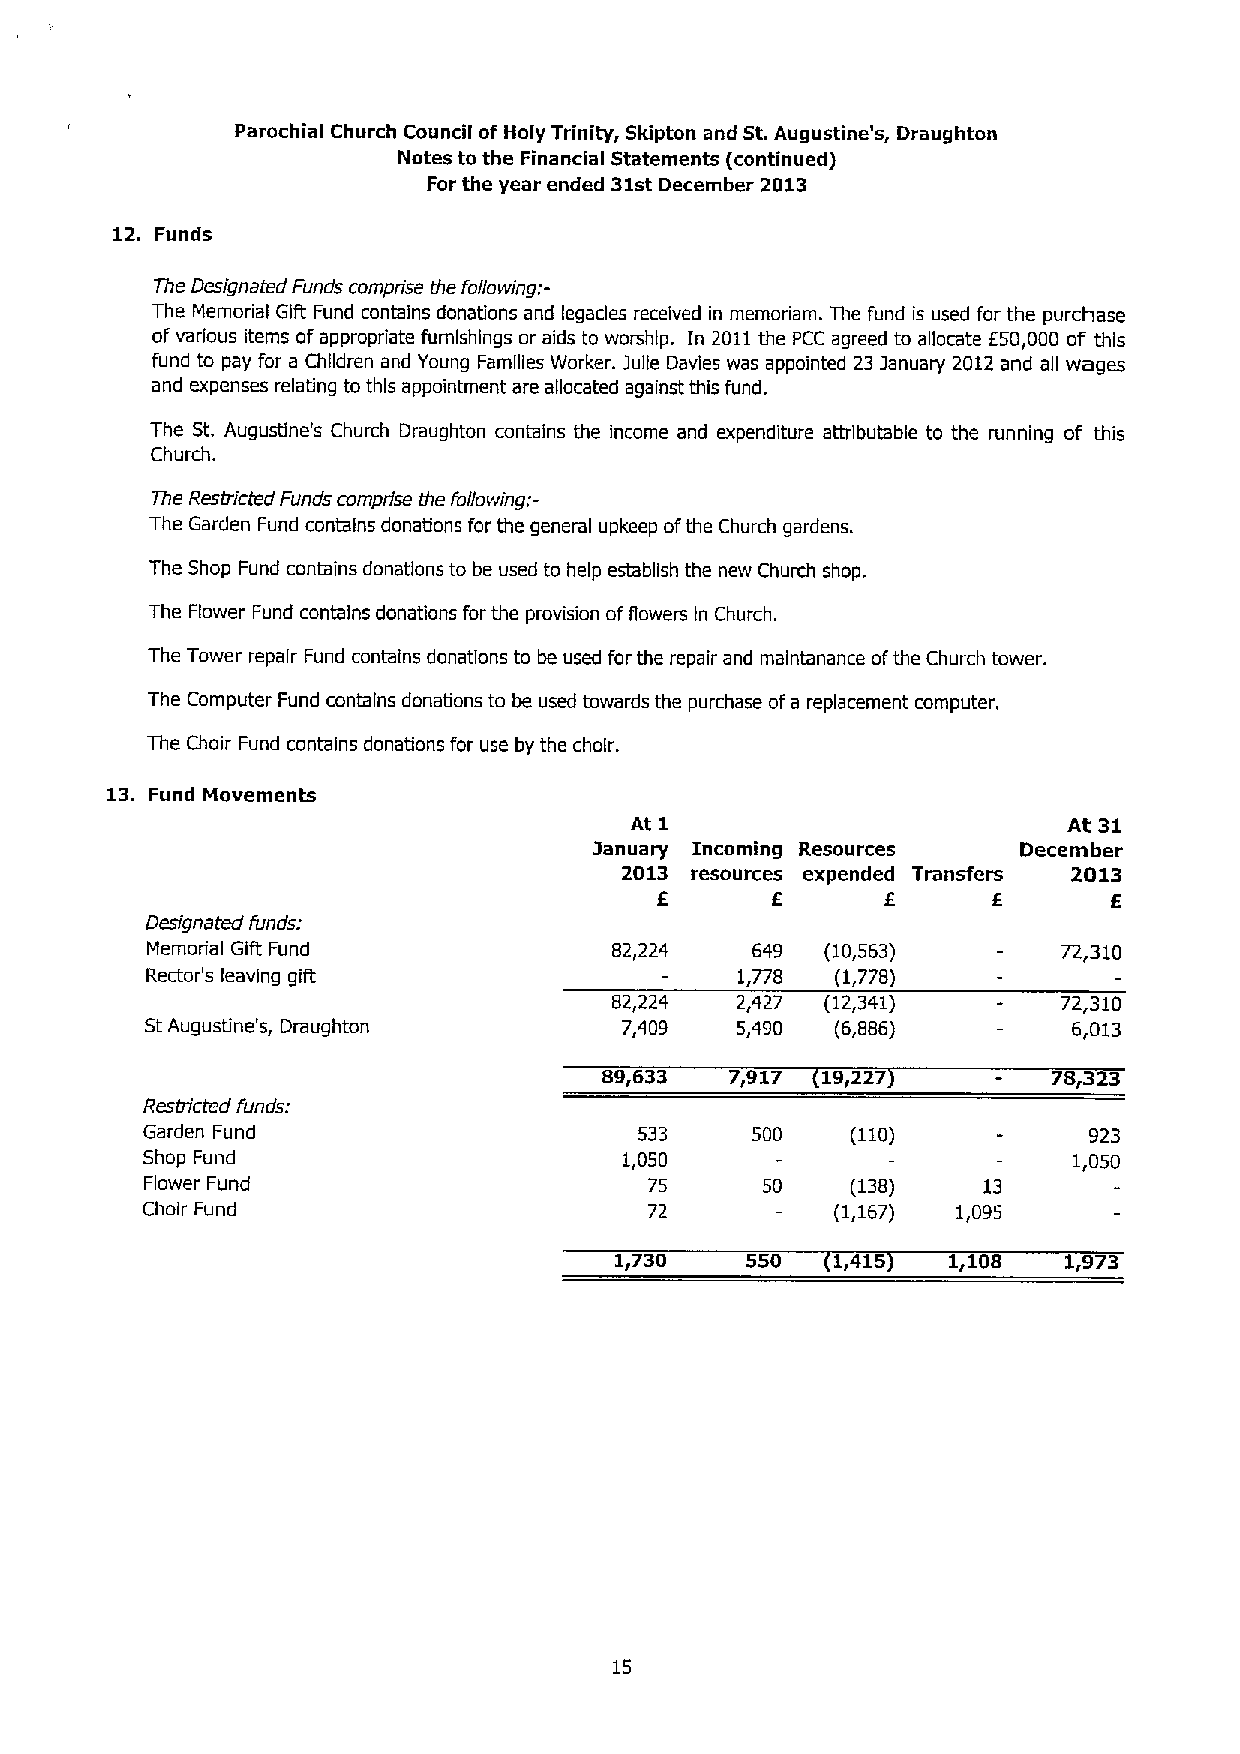
Parochial Church Council of Holy Trinity, Skipton and St.Augustine' s, Draughton
 Notes to the Financial Statements (continued)
 For the year ended 31stDecember 2013
 12. Funds
 The Designated Funds comprise the following:-
 The Memorial Gift Fund contains donations and legacies received in memoriam. The fund is used for the purchase
 ofvarious items ofappropriate furnishings or aids to worship. in 2011the PCC agreed to allocate 650,000 of this
 fund to pay for a Children and Young Families Worker. )ulie Davies was appointed 23 )anuary 2012 and all wages
 and expenses relating to this appointment are allocated against this fund.
 The St. Augustine's Church Draughton contains the income and expenditure attributable to the running of this
 Church.
 The Restricted Funds comprise the following:-
 The Garden Fund contains donations for the general upkeep ofthe Church gardens.
 The Shop Fund contains donations to be used to help establish the new Church shop.
 The Flower Fund contains donations for the provision offlowers In Church.
 The Tower repair Fund contains donations to be used for the repair and maintenance ofthe Church tower.
 The Computer Fund contains donations to be used towards the purchase ofa replacement computer.
 The Choir Fund contains donations for use by the choir.
 13. Fund Movements
 At' 1                        At 31
 )anuary Incoming Resources   December
 2013 resources expended Transfers 2013
 6       6       6      6       6
 Designated funds:
 Memorial Gift Fund             82,224   649  (10,563)       72,310
 Rector's leaving gilt                  1,778 (1,778)
 82,224  2,427 (12,341)       72,310
 StAugustine' s, Draughton      7,409   5,490 (6,886)         6,013
 89g633  7~917 19g227          7 l323
 Restricted funds:
 Garden Fund                      533     500   (110)           923
 Shop Fund                       1,050                         1,050
 Flower Fund                      75     50    (138)    13
 Choir Fund                        72          (1,167) 1,095
 lg730   550   1~415   I/108   1~973
 15